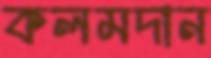
কলমদান